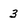
Character: 3